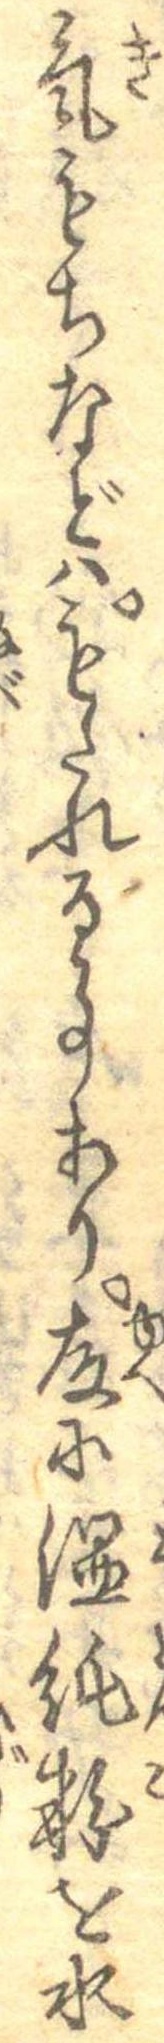
気もちなどはもたれる事あり故に温飩粉を水